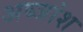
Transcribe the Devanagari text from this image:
अब्जांश